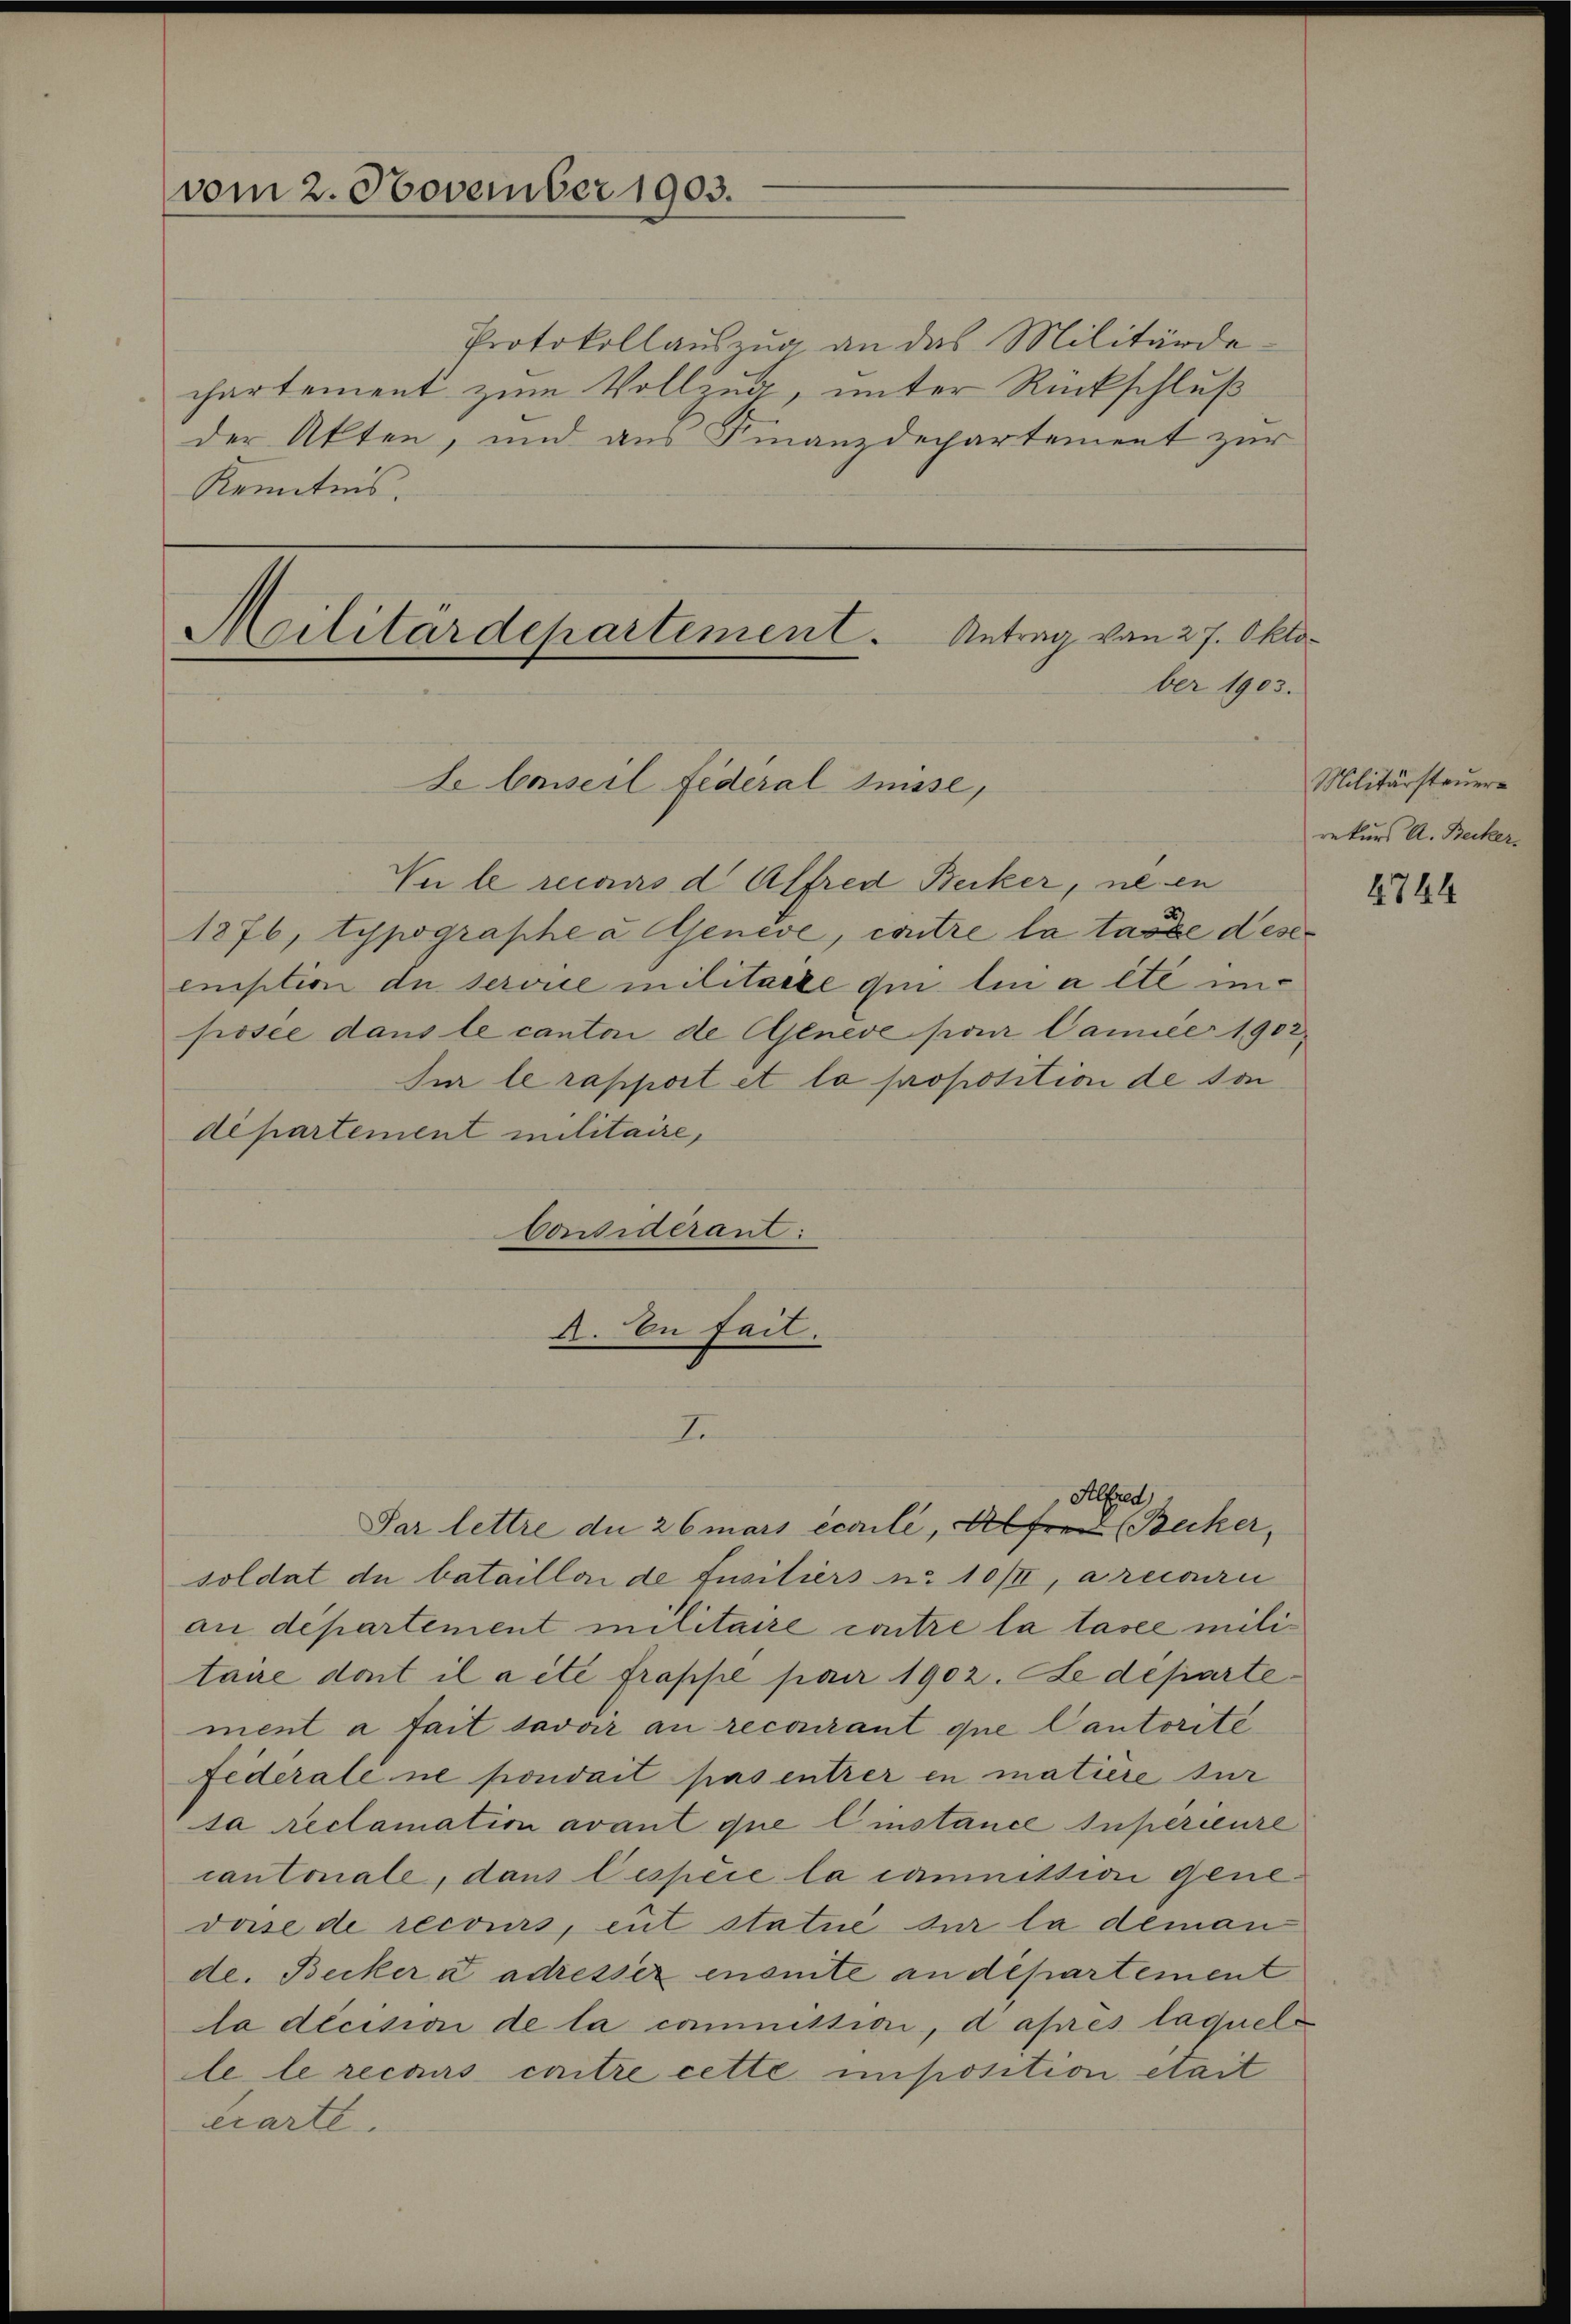
der Akten, und aus Finanzdepartement zur
Kenntnis.

Protokollauszug an das Militärde-
chartement zum Vollzug, unter Rückschluß
Militärdepartement. Antrag von 27. Oktober 1903.

vom 2. November 1903.

I.

Ver le recours d. Alfred Becker, ne en
1876, Typographe u. Genève, contre la tarde deser
eniption de serorte militaire qui lin alte inposée dans le canton de Genève par Daniee 1902
sur le rapport et la proposition de son
departement militaire,
Considerant:
A. En fait.

Se Conseil fédéral Suisse,

Par lettre du 26 mars eccile, Alfred (Becker,
soldat de bataillon de fusitiers n. 10/II, a recourii
au département militaire contre la tasee militaire dont il acte frappe paar 1902. Ledeparte
ment à fait savoir an recourant que Cantorité
Federale ne pouvait pas entrer in matière sur
sa reclamation avant que Einstance superieure
cantonale, dans lespèce la canmittion genedase de recours, eut statue sur la deman
de. Becker a adresser enemte an departement
la décision de la commission, d après laquels
le le recours critre cette imposition était
čiarte.

Alfred

Militärsteuer
rekurs A. Becker¬

2744